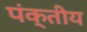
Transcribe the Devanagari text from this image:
पंक्तीय